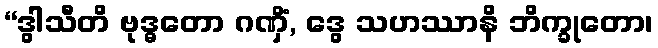
“ဒွါသီတိ ဗုဒ္ဓတော ဂဏှိံ, ဒွေ သဟဿာနိ ဘိက္ခုတော၊